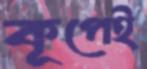
কূপেই